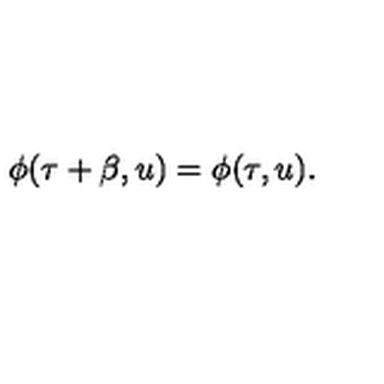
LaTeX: \phi ( \tau + \beta , u ) = \phi ( \tau , u ) .